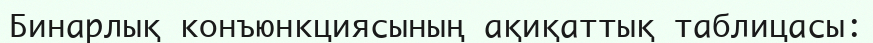
Бинарлық конъюнкциясының ақиқаттық таблицасы: